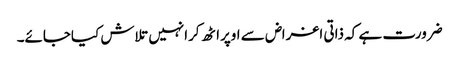
ضرورت ہے کہ ذاتی اغراض سے اوپراٹھ کرانہیں تلاش کیاجائے۔